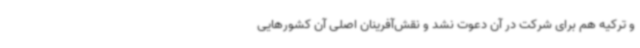
و ترکیه هم برای شرکت در آن دعوت نشد و نقش‌آفرینان اصلی آن کشورهایی